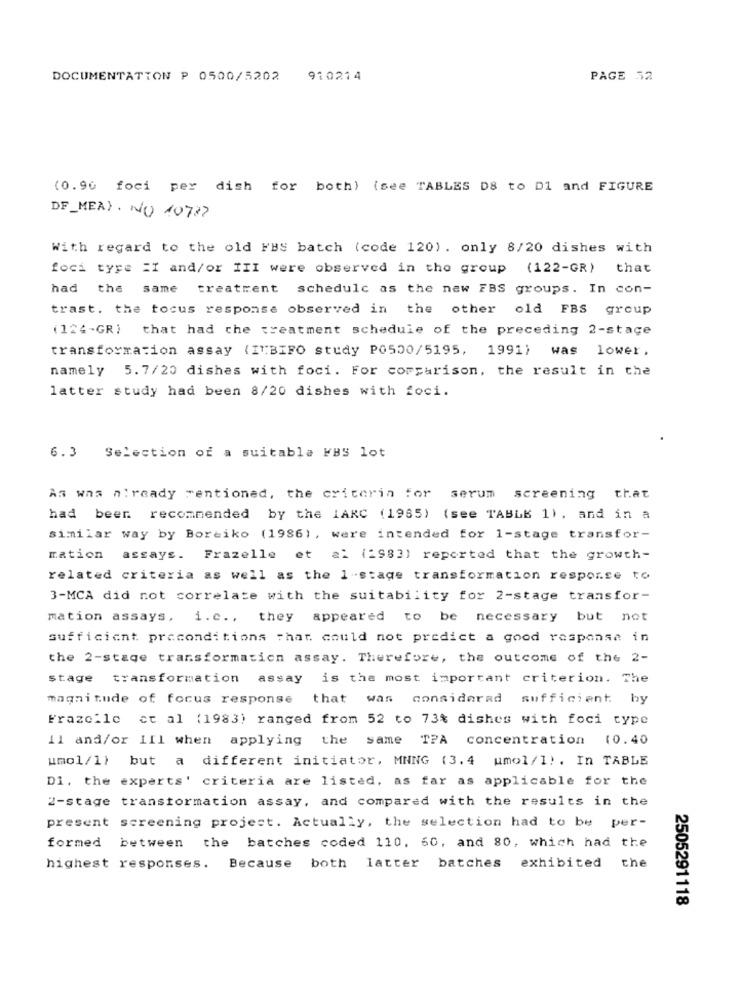
DOCUMENTATION P 0500/5202
910214
PAGE 52
(0.90 foci per dish for both) (see TABLES DS to Dl and FIGURE
DF_MEAY . NO 10777
With regard to the old FBS batch (code 120) . only 8/20 dishes with
foci type :I and/or III were observed in the group (122-GR) that
had the same treatment schedulc as the new FBS groups. In con-
trast. the tocus response observed in the other old FBS group
(124-GR) that had the treatment schedule of the preceding 2-stage
transformation assay (ITBIFO study PO500/5195, 1991) was lower.
namely 5.7/20 dishes with foci. For comparison, the result in the
latter study had been 8/20 dishes with foci.
6.3 Selection of a suitable FBS lot
As was already mentioned, the criteria for serum screening that
had been recommended by the IARC (1985) (see TABLE 1) , and in a
similar way by Boreiko (1986) , were intended for 1-stage transfor-
mation assays.
Frazelle et al (1983) reported that the growth-
related criteria as well as the 1-stage transformation response to
3-MCA did not correlate with the suitability for 2-stage transfor-
mation assays, i.c ., they appeared to be necessary
but
not
sufficient preconditions that could not predict a good response in
the 2-stage transformation assay. Therefore, the outcome of the 2-
stage
transformation
assay is the most important criterion. The
magnitude of focus response that was
considerad sufficient by
Frazolle et al (1983) ranged from 52 to 73% dishes with foci type
11 and/or III when applying the same TPA concentration (0.40
umol/l) but a different initiator, MNNG (3.4 umol/l) . In TABLE
D1. the experts' criteria are listed, as far as applicable for the
2-stage transformation assay, and compared with the results in the
present screening project. Actually, the selection had to be per-
formed between the batches coded 110, 60, and 80, which had the
Because both latter batches exhibited
highest responses.
the
2505291118